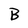
Character: B